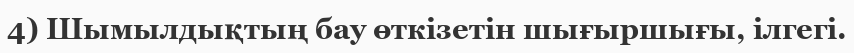
4) Шымылдықтың бау өткізетін шығыршығы, ілгегі.